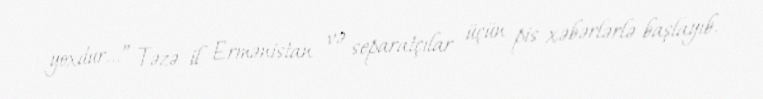
yoxdur...” Təzə il Ermənistan və separatçılar üçün pis xəbərlərlə başlayıb.